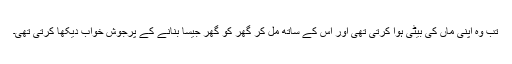
تب وہ اپنی ماں کی بیٹی ہوا کرتی تھی اور اس کے ساتھ مل کر گھر کو گھر جیسا بنانے کے پرجوش خواب دیکھا کرتی تھی۔